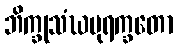
ဘိက္ခုသံဃပုရက္ခတော